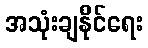
အသုံးချနိုင်ရေး